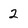
Character: 2